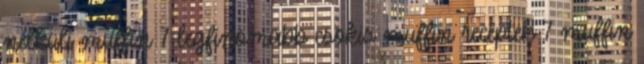
nélküli muffin 7 legfinomabb csokis muffin receptek 7 muffin